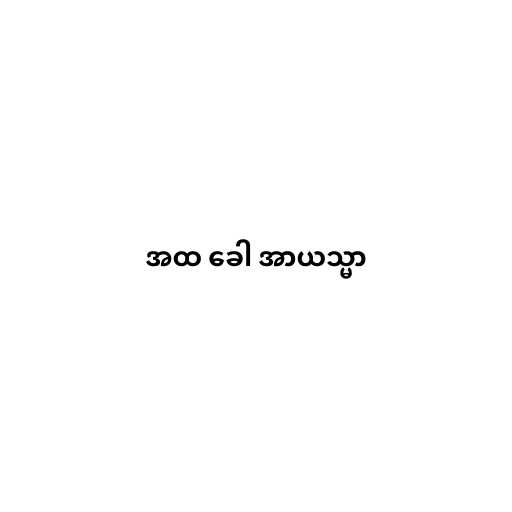
အထ ခေါ အာယသ္မာ